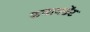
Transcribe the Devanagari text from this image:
कमानडेंट